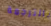
بالترجمة